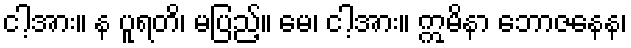
ငါ့အား။ န ပူရတိ၊ မပြည့်။ မေ၊ ငါ့အား။ ဣမိနာ ဘောဇနေန၊